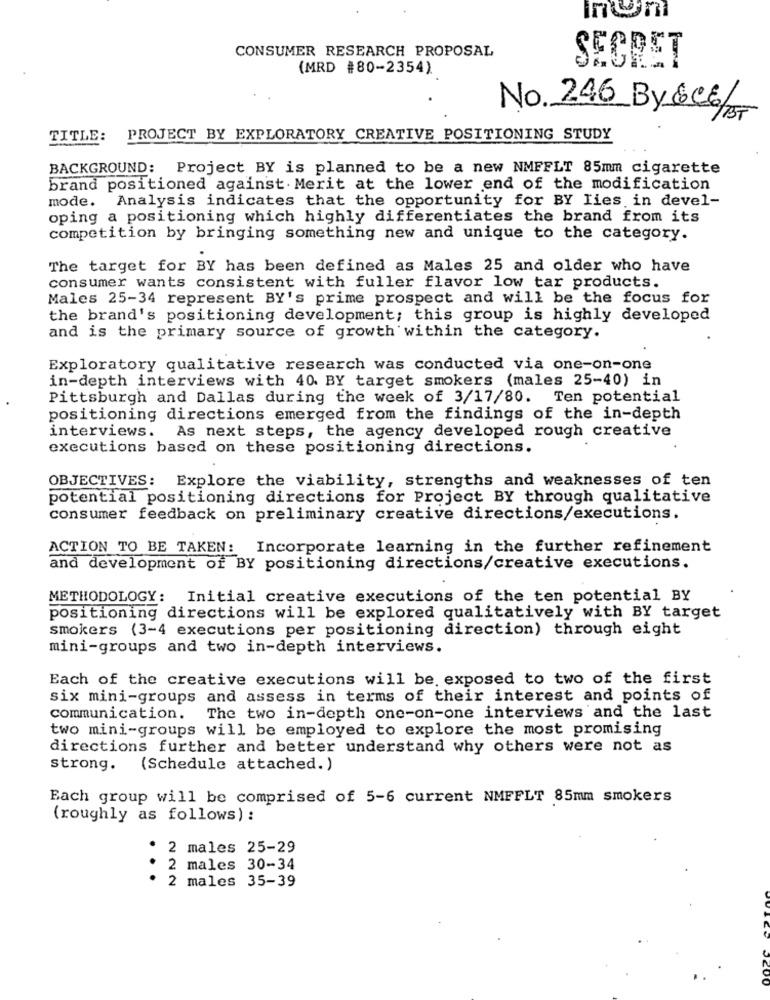
CONSUMER RESEARCH PROPOSAL
SECRET
(MRD #80-2354)
No. 246 By &C 6/8
TITLE:
PROJECT BY EXPLORATORY CREATIVE POSITIONING STUDY
BACKGROUND: Project BY is planned to be a new NMFFLT 85mm cigarette
brand positioned against Merit at the lower end of the modification
mode. Analysis indicates that the opportunity for BY Iies in devel-
oping a positioning which highly differentiates the brand from its
competition by bringing something new and unique to the category.
The target for BY has been defined as Males 25 and older who have
consumer wants consistent with fuller flavor low tar products.
Males 25-34 represent BY's prime prospect and will be the focus for
the brand's positioning development; this group is highly developed
and is the primary source of growth within the category.
Exploratory qualitative research was conducted via one-on-one
in-depth interviews with 40 BY target smokers (males 25-40) in
Pittsburgh and Dallas during the week of 3/17/80. Ten potential
positioning directions emerged from the findings of the in-depth
interviews. As next steps, the agency developed rough creative
executions based on these positioning directions.
OBJECTIVES: Explore the viability, strengths and weaknesses of ten
potential positioning directions for Project BY through qualitative
consumer feedback on preliminary creative directions/executions.
ACTION TO BE TAKEN: Incorporate learning in the further refinement
and development of BY positioning directions/creative executions.
METHODOLOGY: Initial creative executions of the ten potential BY
positioning directions will be explored qualitatively with BY target
smokers (3-4 executions per positioning direction) through eight
mini-groups and two in-depth interviews.
Each of the creative executions will be. exposed to two of the first
six mini-groups and assess in terms of their interest and points of
communication. The two in-depth one-on-one interviews and the last
two mini-groups will be employed to explore the most promising
directions further and better understand why others were not as
strong. (Schedule attached.)
Each group will be comprised of 5-6 current NMFFLT 85mm smokers
(roughly as follows) :
2 males 25-29
2 males 30-34
. . .
2 males 35-39